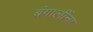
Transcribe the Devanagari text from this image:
बंगालींना